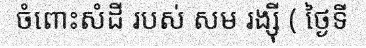
ចំពោះសំដី របស់ សម រង្ស៊ី ( ថ្ងៃទី